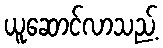
ယူဆောင်လာသည့်